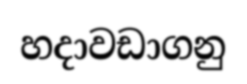
හදාවඩාගනු